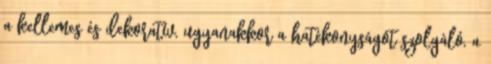
a kellemes és dekoratív, ugyanakkor a hatékonyságot szolgáló, a